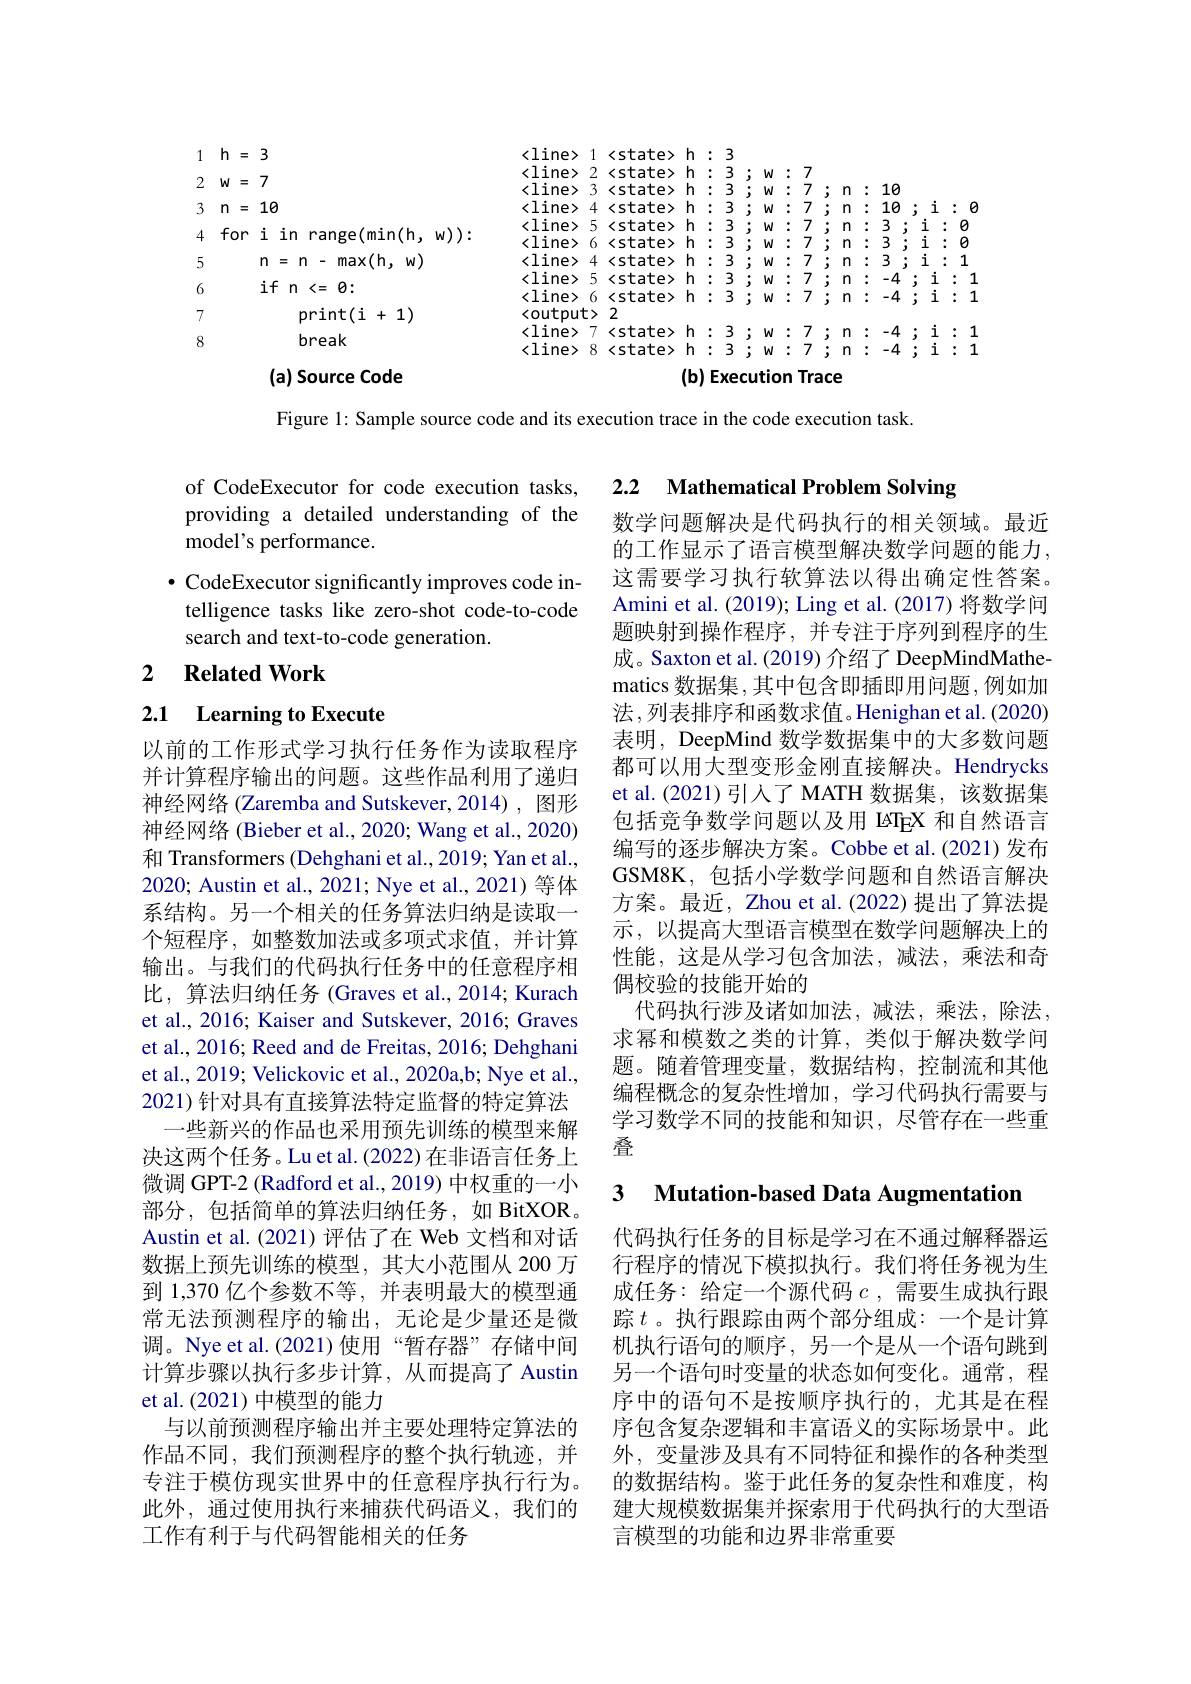
<FigureHere>

Figure 1: Sample source code and its execution trace in the code execution task.

2.2 Mathematical Problem Solving

of CodeExecutor for code execution tasks, providing a detailed understanding of the model's performance.

$\bullet$ CodeExecutor significantly improves code in-
telligence tasks like zero-shot code-to-code
search and text-to-code generation.

## 2 $\textbf{Related Work}$

2.1 Learning to Execute

数学问题解决是代码执行的相关领域。最近的工作显示了语言模型解决数学问题的能力， 这需要学习执行软算法以得出确定性答案。Amini et al. (2019); Ling et al. (2017) 将数学问题映射到操作程序，并专注于序列到程序的生成。Saxton et al.(2019)介绍了 DeepMindMathematics 数据集，其中包含即插即用问题，例如加法 ,列表排序和函数求值。Henighan et al.(2020) 表明，DeepMind 数学数据集中的大多数问题都可以用大型变形金刚直接解决。Hendrycks et al.(2021)引人了 MATH 数据集，该数据集包括竞争数学问题以及用 IøTEX 和自然语言编写的逐步解决方案。Cobbe et al.(2021)发布GSM8K,包括小学数学问题和自然语言解决方案。最近，Zhou et al. (2022) 提出了算法提示，以提高大型语言模型在数学问题解决上的性能，这是从学习包含加法，减法，乘法和奇偶校验的技能开始的
代码执行涉及诸如加法，减法，乘法，除法， 求幂和模数之类的计算，类似于解决数学问题。随着管理变量，数据结构，控制流和其他编程概念的复杂性增加，学习代码执行需要与学习数学不同的技能和知识，尽管存在一些重叠

以前的工作形式学习执行任务作为读取程序并计算程序输出的问题。这些作品利用了递归神经网络 (Zaremba and Sutskever, 2014), 图形神经网络 (Bieber et al., 2020; Wang et al., 2020) 和 Transformers (Dehghani et al., 2019; Yan et al., 2020; Austin et al., 2021; Nye et al., 2021) 等体系结构。另一个相关的任务算法归纳是读取一个短程序，如整数加法或多项式求值，并计算输出。与我们的代码执行任务中的任意程序相比，算法归纳任务 (Graves et al., 2014; Kurach et al., 2016; Kaiser and Sutskever, 2016; Graves et al., 2016; Reed and de Freitas, 2016; Dehghani et al., 2019; Velickovic et al., 2020a,b; Nye et al., 2021) 针对具有直接算法特定监督的特定算法
一些新兴的作品也采用预先训练的模型来解决这两个任务。Lu et al.(2022) 在非语言任务上微调 GPT-2 (Radford et al., 2019) 中权重的一小部分，包括简单的算法归纳任务，如 BitXOR。Austin et al.(2021)评估了在 Web 文档和对话数据上预先训练的模型，其大小范围从 200 万到 1,370 亿个参数不等，并表明最大的模型通常无法预测程序的输出，无论是少量还是微调。Nye et al.(2021)使用“暂存器”存储中间计算步骤以执行多步计算，从而提高了 Austin et al.(2021)中模型的能力
与以前预测程序输出并主要处理特定算法的作品不同，我们预测程序的整个执行轨迹，并专注于模仿现实世界中的任意程序执行行为。此外，通过使用执行来捕获代码语义，我们的工作有利于与代码智能相关的任务

3 Mutation-based Data Augmentation

代码执行任务的目标是学习在不通过解释器运行程序的情况下模拟执行。我们将任务视为生成任务：给定一个源代码$c$ ,需要生成执行跟踪$t$。执行跟踪由两个部分组成：一个是计算机执行语句的顺序，另一个是从一个语句跳到另一个语句时变量的状态如何变化。通常，程序中的语句不是按顺序执行的，尤其是在程序包含复杂逻辑和丰富语义的实际场景中。此外，变量涉及具有不同特征和操作的各种类型的数据结构。鉴于此任务的复杂性和难度，构建大规模数据集并探索用于代码执行的大型语言模型的功能和边界非常重要